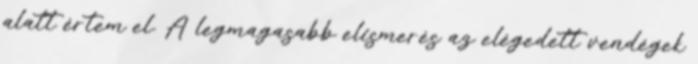
alatt értem el. A legmagasabb elismerés az elégedett vendégek